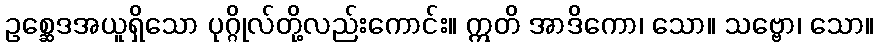
ဥစ္ဆေဒအယူရှိသော ပုဂ္ဂိုလ်တို့လည်းကောင်း။ ဣတိ အာဒိကော၊ သော။ သဗ္ဗော၊ သော။